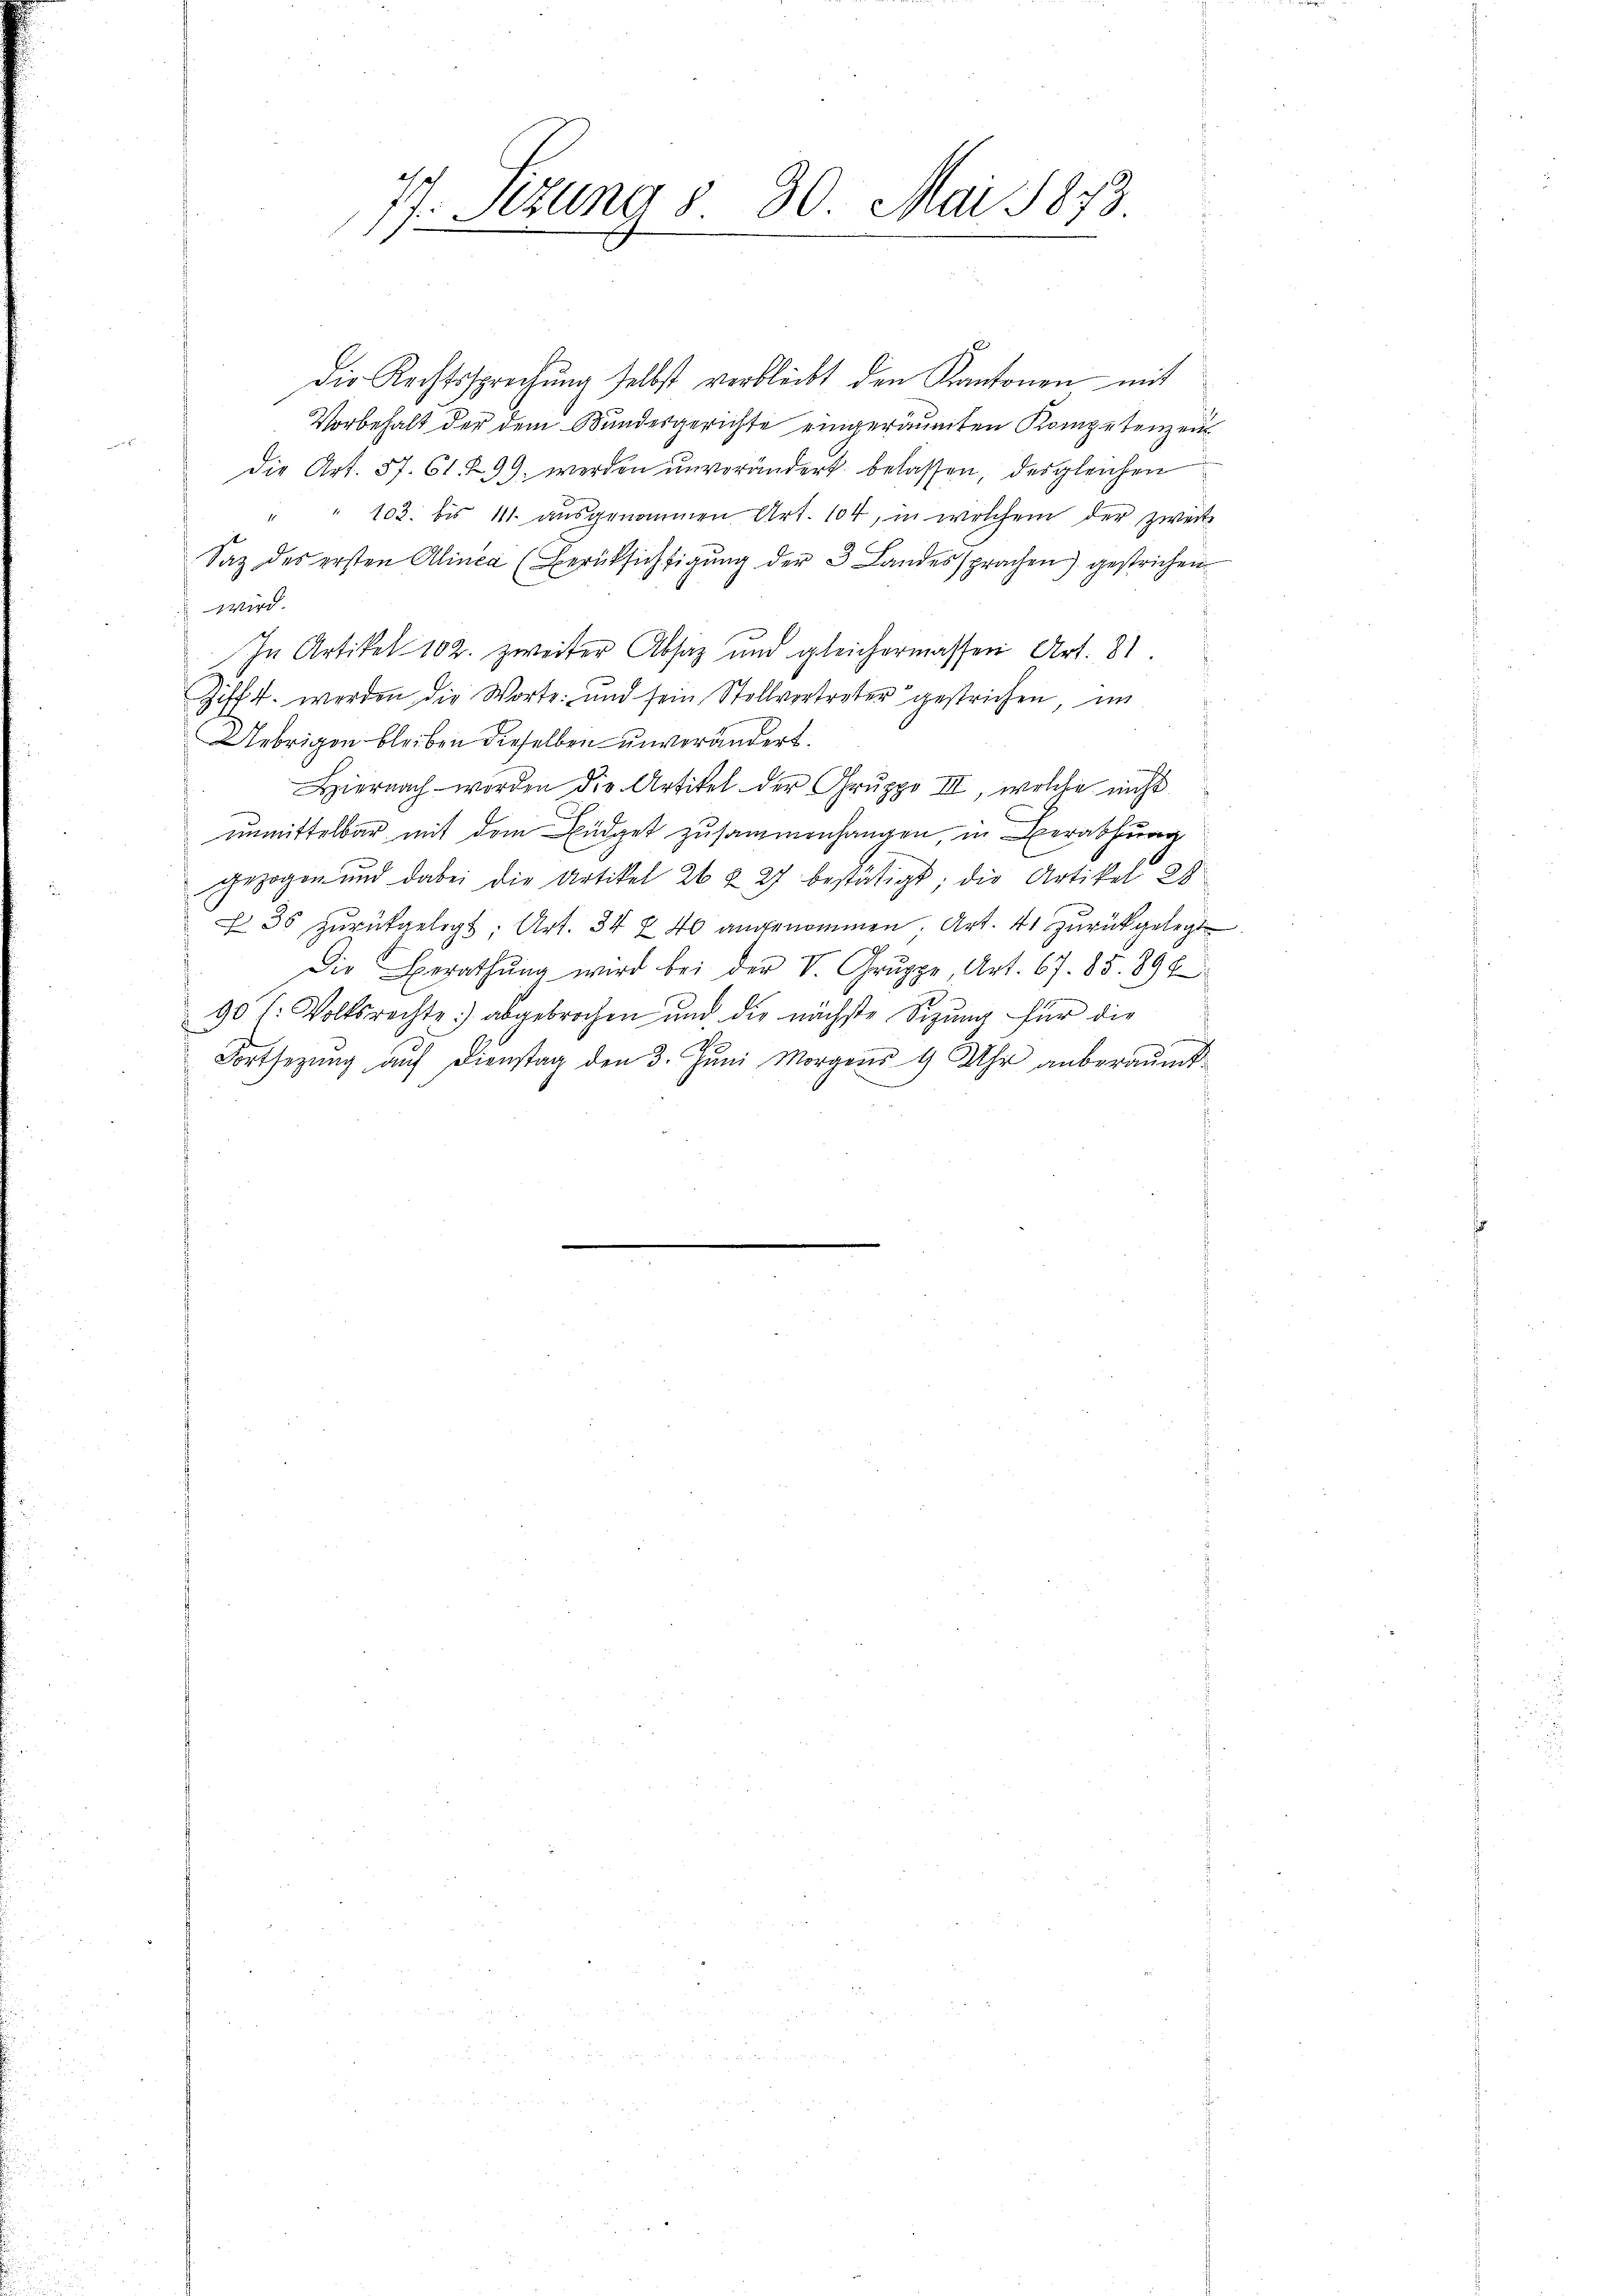
77. Stzung 8. 30. Mai 1873.

die Rechtssprechŭng selbst verbleibt den Kantonen mit
Vorbehalt der dem Bundesgerichte eingeräumten Kompetenzen
Die Art. 57. 61. 299. werden unverändert belassen, des gleichen
" " 102. bis 111. ausgenommen Art. 104, in welchem der zweite
Saz des ersten Alinea (Berüksichtigŭng der 3 Landes sprachen) gestrichen
wird.
In Artikel 102. zweiter Absatz und gleichermassen Art. 81
Zifft. werden die Worte: und sein Stellvertreter gestrichen, im
Uebrigen bleiben dieselben unverändert.
Hiernach worden die Artikel der Gruppo III, welche nicht
unmittelbar mit dem Büdget zusammenhangen, in Berathung
gezogen und dabei die Artikel 26 & 27 bestätigt; die Artikel 28
f 36 zŭrückgelegt. Art. 34 § 40 angenommen, Art. 41 zurückgelegt.
Die Berathŭng wird bei der V. Gruppe Art. 67. 85. 896
90 f. Volksrechte) abgebrochen und die nächste Sizung für die
Fortsetzung auf Dienstag den 3. Juni Morgens 9 Uhr anberaumt
i